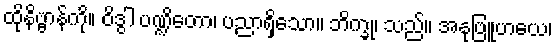
ထိုနိဗ္ဗာန်ကို။ ဝိဒွါ ပဏ္ဍိတော၊ ပညာရှိသော။ ဘိက္ခု၊ သည်။ အနုဗြူဟယေ၊